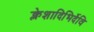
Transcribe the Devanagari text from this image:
क्लेशादिभिर्देवि